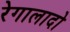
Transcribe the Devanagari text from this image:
रेगालादो